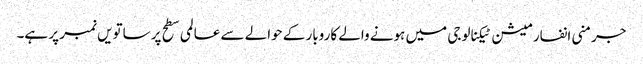
جرمنی انفارمیشن ٹیکنالوجی میں ہونے والے کاروبار کے حوالے سے عالمی سطح پر ساتویں نمبر پر ہے۔